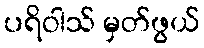
ပရိဝါသ် မှတ်ဖွယ်